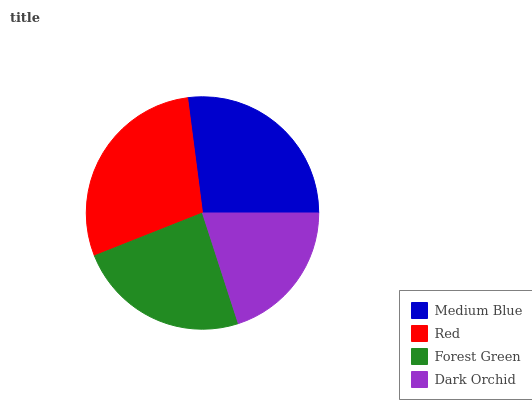
| Medium Blue | Red | Forest Green | Dark Orchid |
 | --- | --- | --- | --- |
 | 27% | 28.9% | 24% | 20% |